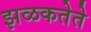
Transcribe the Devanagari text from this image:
झळकतेते